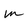
Character: m